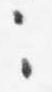
々